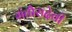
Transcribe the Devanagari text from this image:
संतौरादेवी